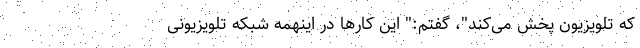
که تلویزیون پخش می‌کند"، گفتم:" این کارها در اینهمه شبکه تلویزیونی